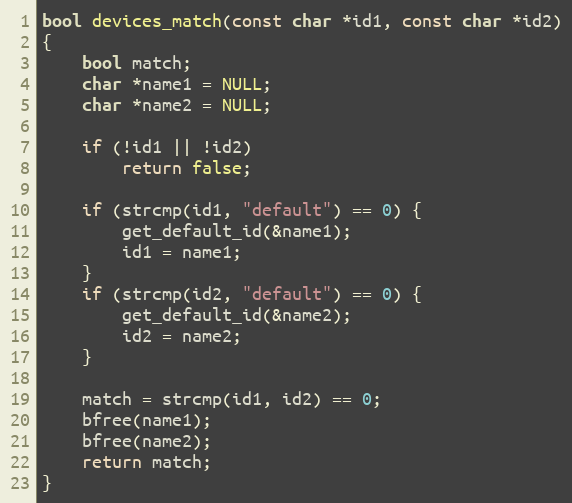
Language: C
bool devices_match(const char *id1, const char *id2)
{
	bool match;
	char *name1 = NULL;
	char *name2 = NULL;

	if (!id1 || !id2)
		return false;

	if (strcmp(id1, "default") == 0) {
		get_default_id(&name1);
		id1 = name1;
	}
	if (strcmp(id2, "default") == 0) {
		get_default_id(&name2);
		id2 = name2;
	}

	match = strcmp(id1, id2) == 0;
	bfree(name1);
	bfree(name2);
	return match;
}